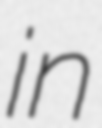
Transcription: in